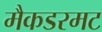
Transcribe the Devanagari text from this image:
मैकडरमट